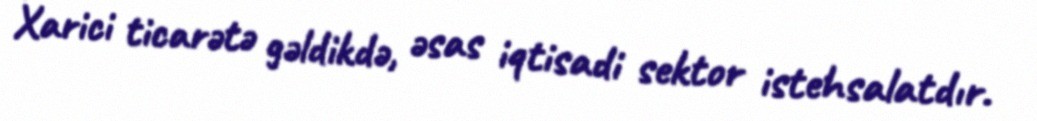
Xarici ticarətə gəldikdə, əsas iqtisadi sektor istehsalatdır.